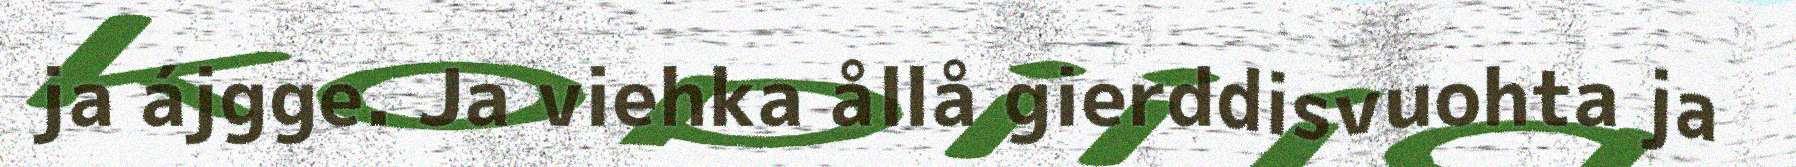
ja ájgge. Ja viehka ållå gierddisvuohta ja